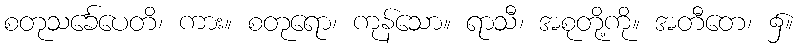
စတုသင်္ခေပေတိ၊ ကား။ စတုရော၊ ကုန်သော။ ရာသီ၊ အစုတို့ကို။ အတီတေ၊ ၌။